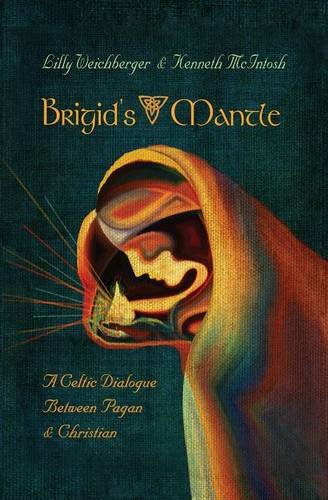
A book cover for Brigid's Mantle: A Celtic Dialogue Between Pagan and Christian; Lilly Weichberger; Religion & Spirituality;